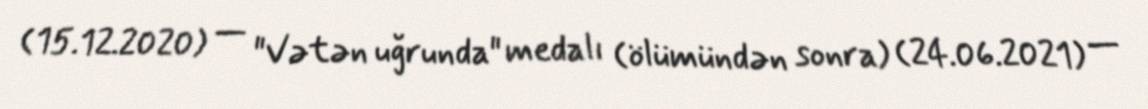
(15.12.2020) — "Vətən uğrunda" medalı (ölümündən sonra) (24.06.2021) —